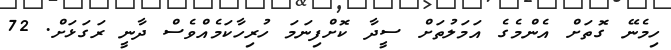
ހިމެނޭ ގޮތަށް އެންމެގެ އަމަލުތަށް ސީދާ ކޮށްފިނަމަ ހުރިހާކަމެއްވެސް ދާނީ ރަގަޅަށް. 72